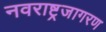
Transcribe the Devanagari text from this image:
नवराष्ट्रजागरण